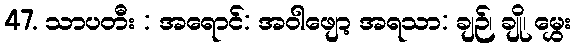
47. သာပတီး : အရောင်: အဝါဖျော့ အရသာ: ချဉ်၊ ချို၊ မွှေး